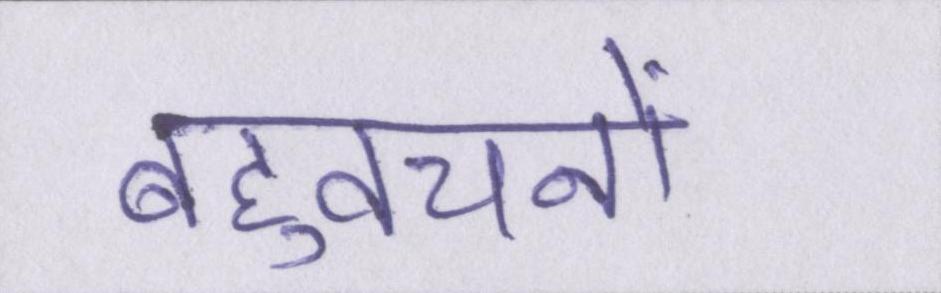
बहुवचनों